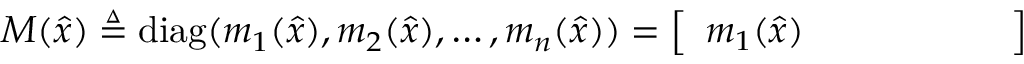
M ( { \hat { x } } ) \triangleq \operatorname { d i a g } ( m _ { 1 } ( { \hat { x } } ) , m _ { 2 } ( { \hat { x } } ) , \ldots , m _ { n } ( { \hat { x } } ) ) = { \left[ \begin{array} { l l l l l l } { m _ { 1 } ( { \hat { x } } ) } & { } & { } & { } & { } & { } \end{array} \right] }